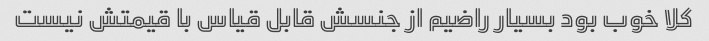
کلا خوب بود بسیار راضیم از جنسش قابل قیاس با قیمتش نیست